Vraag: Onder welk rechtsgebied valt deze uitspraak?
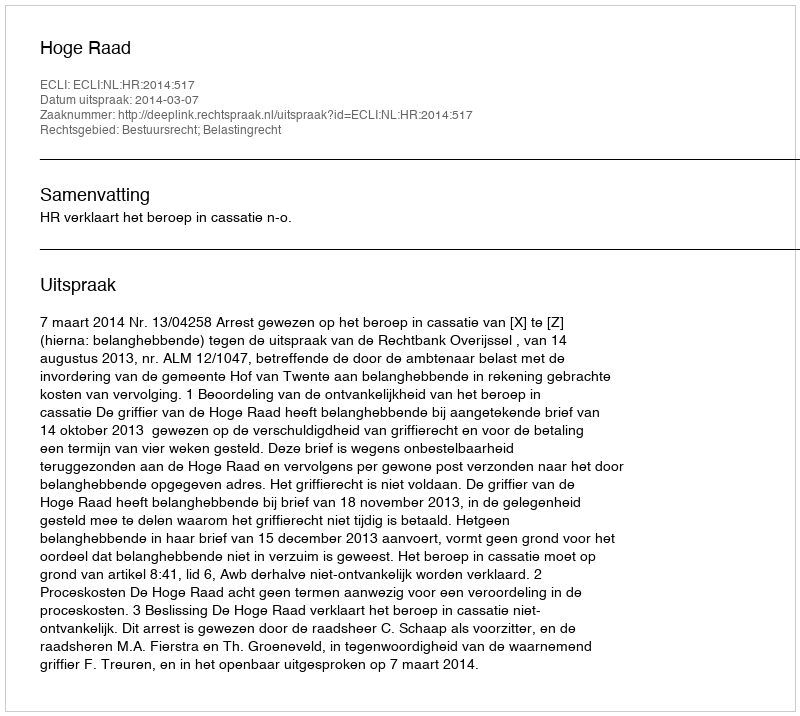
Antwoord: Bestuursrecht; Belastingrecht